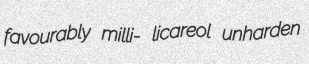
favourably milli- licareol unharden